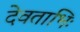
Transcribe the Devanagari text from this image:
देवताभिः